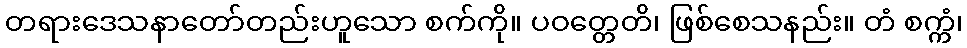
တရားဒေသနာတော်တည်းဟူသော စက်ကို။ ပဝတ္တေတိ၊ ဖြစ်စေသနည်း။ တံ စက္ကံ၊